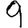
Digit: 9